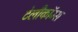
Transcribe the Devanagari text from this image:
टेलीकॉम्स